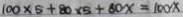
1 0 0 \times 5 + 8 0 \times 5 + 8 0 x = 1 0 0 x